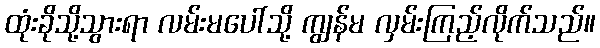
ထုံးခိုသို့သွားရာ လမ်းမပေါ်သို့ ကျွန်မ လှမ်းကြည့်လိုက်သည်။